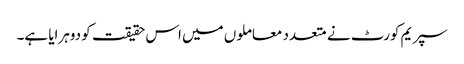
سپریم کورٹ نے متعدد معاملوں میں اس حقیقت کو دوہرایا ہے۔